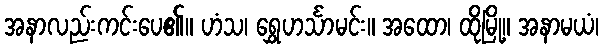
အနာလည်းကင်းပေ၏။ ဟံသ၊ ရွှေဟင်္သာမင်း။ အထော၊ ထိုမြို့။ အနာမယံ၊